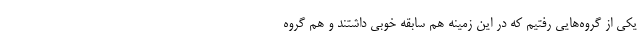
یکی از گروه‌هایی رفتیم که در این زمینه هم سابقه خوبی داشتند و هم گروه